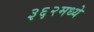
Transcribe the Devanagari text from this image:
३६२मध्ये